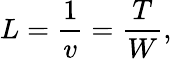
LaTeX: L={\frac{1}{v}}={\frac{T}{W}},